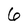
Character: 6